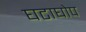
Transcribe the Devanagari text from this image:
घटाघोप